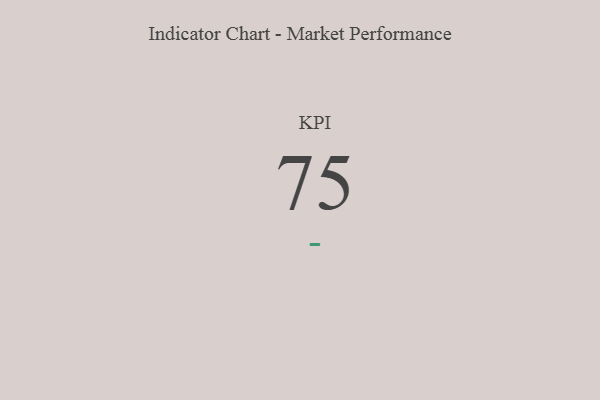
{"axis": {"x": "KPI", "y": "Value"}, "legend": [""], "data": [{"x": "KPI", "y": 75, "type": ""}]}